Vaccination in Bombay 1863-1868 - 1863-1868
Year: 1863
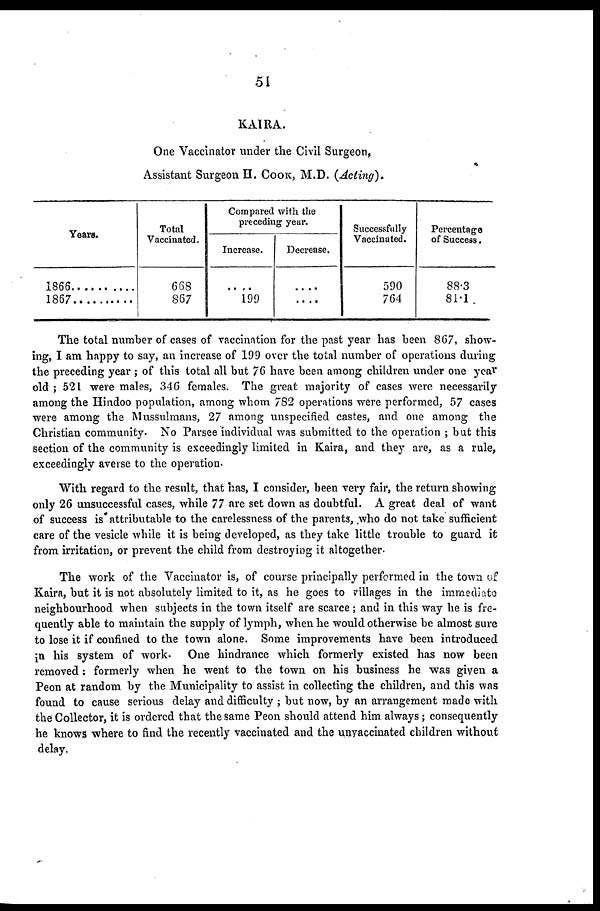
51
KAIRA.
One Vaccinator under the Civil Surgeon,
Assistant Surgeon H. COOK, M.D. (Acting).
Years.
1866 .........
1867 .........
Total
Vaccinated.
668
867
Compared with the
preceding year.
Increase.
....
199
Decrease.
....
....
Successfully
Vaccinated.
590
764
Percentage
of Success.
88.3
81.1
The total number of cases of vaccination for the past year has been 867, show-
ing, I am happy to say, an increase of 199 over the total number of operations during
the preceding year ; of this total all but 76 have been among children under one year
old ; 521 were males, 346 females. The great majority of cases were necessarily
among the Hindoo population, among whom 782 operations were performed, 57 cases
were among the Mussulmans, 27 among unspecified castes, and one among the
Christian community. No Parsee individual was submitted to the operation ; but this
section of the community is exceedingly limited in Kaira, and they are, as a rule,
exceedingly averse to the operation.
With regard to the result, that has, I consider, been very fair, the return showing
only 26 unsuccessful cases, while 77 are set down as doubtful. A great deal of want
of success is attributable to the carelessness of the parents, who do not take sufficient
care of the vesicle while it is being developed, as they take little trouble to guard it
from irritation, or prevent the child from destroying it altogether.
The work of the Vaccinator is, of course principally performed in the town of
Kaira, but it is not absolutely limited to it, as he goes to villages in the immediate
neighbourhood when subjects in the town itself are scarce ; and in this way he is fre-
quently able to maintain the supply of lymph, when he would otherwise be almost sure
to lose it if confined to the town alone. Some improvements have been introduced
in his system of work. One hindrance which formerly existed has now been
removed: formerly when he went to the town on his business he was given a
Peon at random by the Municipality to assist in collecting the children, and this was
found to cause serious delay and difficulty ; but now, by an arrangement made with
the Collector, it is ordered that the same Peon should attend him always; consequently
he knows where to find the recently vaccinated and the unvaccinated children without
delay.